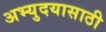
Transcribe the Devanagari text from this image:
अभ्युदयासाठी